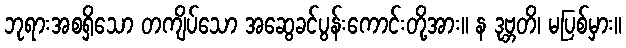
ဘုရားအစရှိသော တကျိပ်သော အဆွေခင်ပွန်းကောင်းတို့အား။ န ဒုဗ္ဘတိ၊ မပြစ်မှား။